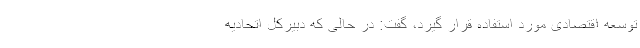
توسعه اقتصادی مورد استفاده قرار گیرد، گفت: در حالی که دبیرکل اتحادیه